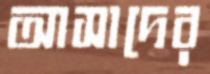
আসাদের